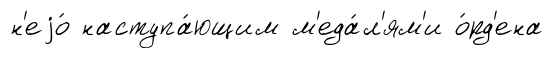
н'еjо́ наступа́ющим м'еда́л'ям'и о́рд'ена